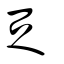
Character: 疋